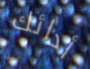
أدائك